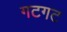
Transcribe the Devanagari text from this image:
गटगट